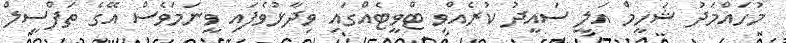
މުހައްމަދު ޝަހީމް އަލީ ސައީދު ކުރެއްވި ޓްވީޓެއްގައި ވިދާޅުވެފައި ވީނަމަވެސް އޭގެ ތަފްސީލް